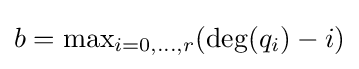
{\textstyle b=\max _{i=0,\dots ,r}(\deg(q_{i})-i)}